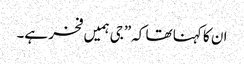
ان کا کہنا تھا کہ”جی ہمیں فخر ہے۔